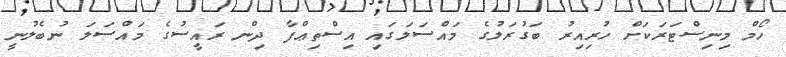
ހޯމް މިނިސްޓަރަކަށް ހުރިއިރު ބަގުރަލުގެ މައްސަލަގައި އިސްތިޢްފާ ދިން ރައީސުގެ މައްސަލަ ނުބެލުނީ